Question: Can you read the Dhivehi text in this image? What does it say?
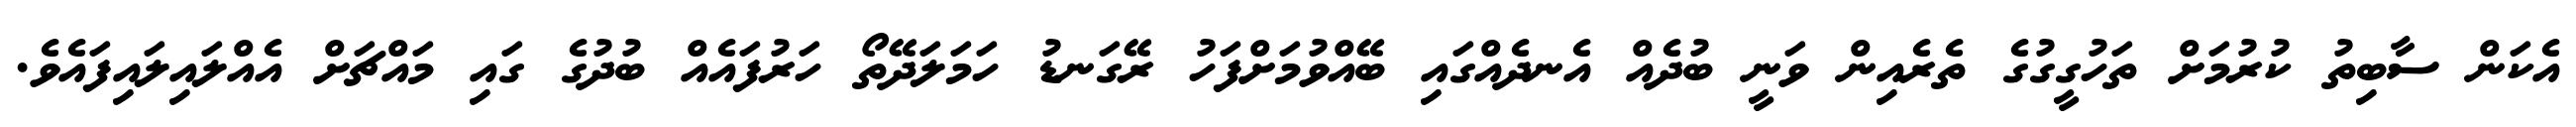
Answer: އެކަން ސާބިތު ކުރުމަށް ތަހުގީގުގެ ތެރެއިން ވަނީ ބުދެއް އެނދެއްގައި ބޭއްވުމަށްފަހު ރޭގަނޑު ހަމަލަދޭތޯ ހަރުފައެއް ބުދުގެ ގައި މައްޗަށް އެއްލައިލައިފައެވެ.